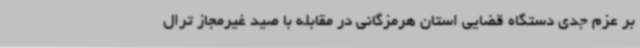
بر عزم جدی دستگاه قضایی استان هرمزگانی در مقابله با صید غیرمجاز ترال